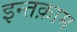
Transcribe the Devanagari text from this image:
इन्तक़ाम